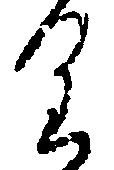
り